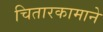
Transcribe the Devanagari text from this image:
चितारकामाने